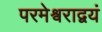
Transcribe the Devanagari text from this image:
परमेश्वराद्वयं